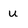
Character: u